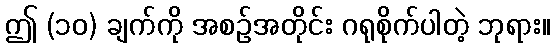
ဤ (၁၀) ချက်ကို အစဉ်အတိုင်း ဂရုစိုက်ပါတဲ့ ဘုရား။